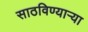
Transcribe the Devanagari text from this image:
साठविण्याऱ्या